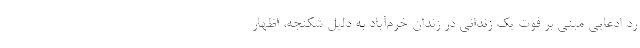
رد ادعایی مبنی بر فوت یک زندانی در زندان خرم‌آباد به دلیل شکنجه، اظهار